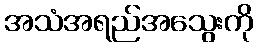
အသံအရည်အသွေးကို